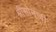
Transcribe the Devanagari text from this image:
श्रीसोमजी